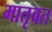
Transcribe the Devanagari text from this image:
मातृवत